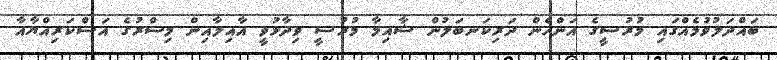
ބައްދަލުވުމެއްގައި މުރުސީގެ އަންހެން ދަރިކަނބަލުން ޝާއިމާ މުރުސީ ވިދާޅުވީ އާއިލާއިން މިސްރުގެ އަސްކަރިއްޔާއާ